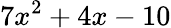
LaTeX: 7{{x}^{2}}+4x-10